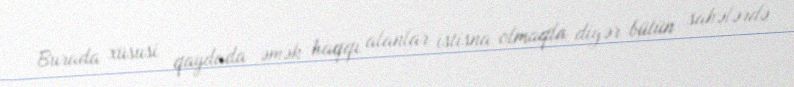
Burada xüsusi qaydada əmək haqqı alanlar istisna olmaqla digər bütün sahələrdə